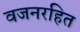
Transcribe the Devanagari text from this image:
वजनरहित